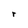
Character: r